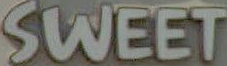
SWEET